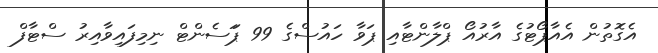
އެގޮތުން އެއާޕޯޓުގެ އާރުއޯ ޕްލާންޓާއި ޕަވާ ހައުސްގެ 99 ޕަަސެންޓް ނިމިފައިވާއިރު ސްޓާފް